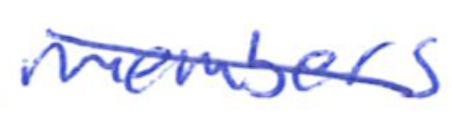
Text: members
Cross-out: mix
Writing tool: ballpoint